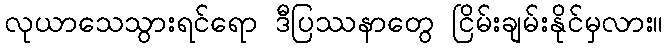
လုယာသေသွားရင်ရော ဒီပြဿနာတွေ ငြိမ်းချမ်းနိုင်မှလား။